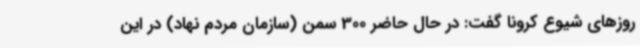
روزهای شیوع کرونا گفت: در حال حاضر 300 سمن (سازمان مردم نهاد) در این